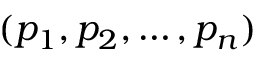
( p _ { 1 } , p _ { 2 } , \dots , p _ { n } )